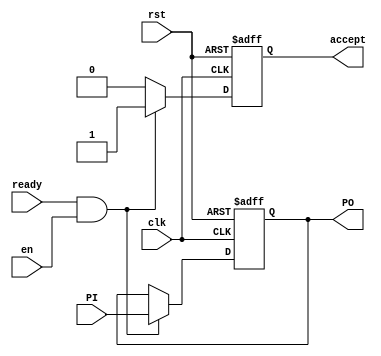
`timescale 1ns/1ns
module Rg32Bit(input [31:0] PI, input clk, rst, en,ready, output reg [31:0] PO,output reg accept);
	always @(posedge clk, posedge rst) begin
		if(rst) begin
			PO <= 32'd0;
			accept <= 0;
		end
		else if(ready & en) begin
			PO <=  PI;
			accept = 1;
		end
		else  accept <= 0;
	end
endmodule